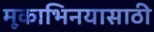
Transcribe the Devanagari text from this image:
मूकाभिनयासाठी